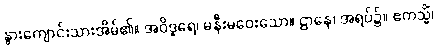
နွားကျောင်းသားအိမ်၏။ အဝိဒူရေ၊ မနီးမဝေးသော။ ဌာနေ၊ အရပ်၌။ ဧကသ္မိံ၊